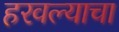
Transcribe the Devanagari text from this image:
हरवल्याचा